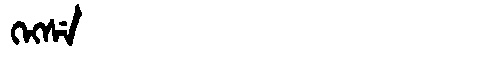
Manchu: ᡴᡝᡴᠰᡝ
Romanization: KEKSE